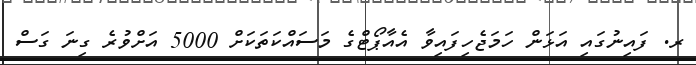
ރ. ފައިނުގައި އަޅަން ހަމަޖެހިފައިވާ އެއާޕޯޓްގެ މަސައްކަތަކަށް 5000 އަށްވުރެ ގިނަ ގަސް